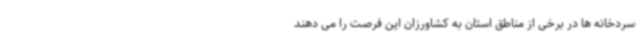
سردخانه ها در برخی از مناطق استان به کشاورزان این فرصت را می دهند